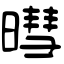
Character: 暳